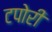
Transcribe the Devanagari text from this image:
टपोरी